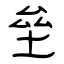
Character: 垒